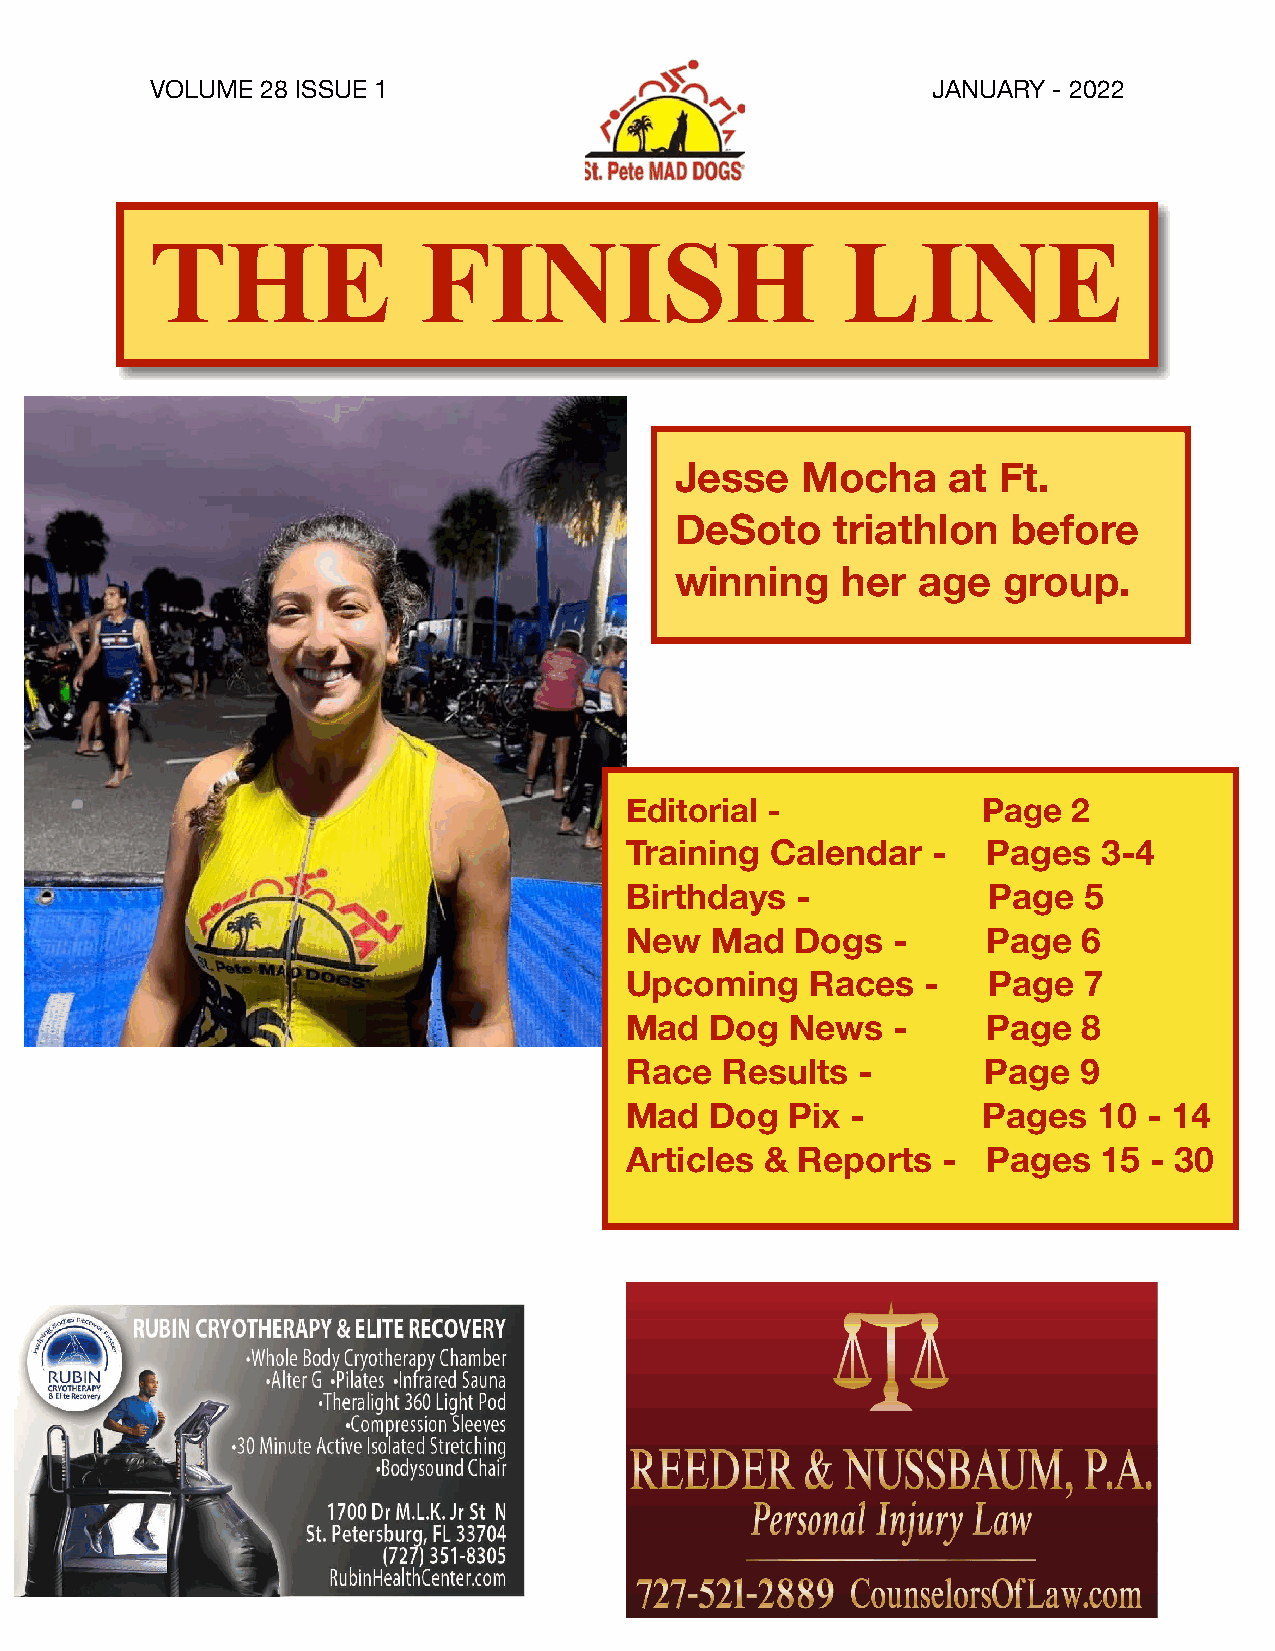
VOLUME 28 ISSUE 1                                   JANUARY - 2022
 THE               FINISH                      LINE
 Jesse   Mocha     at Ft.
 DeSoto    triathlon   before
 winning    her  age  group.
 Editorial -             Page  2
 Training  Calendar   -  Pages   3-4
 Birthdays   -           Page   5
 New   Mad   Dogs  -     Page   6
 Upcoming     Races  -   Page   7
 Mad   Dog  News   -     Page   8
 Race   Results  -       Page   9
 Mad   Dog  Pix -        Pages   10 - 14
 Articles  & Reports  -  Pages   15 - 30
 1